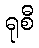
ရုစီ